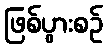
ဖြစ်ပွားစဉ်